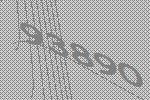
93890